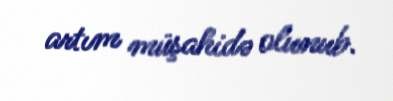
artım müşahidə olunub.